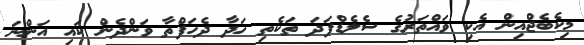
މިކެބެޖްއިން އެކި ވައްތަރުގެ ސެލެޑްފަދަ ތަކެތި ހަދާ ދެހަފްތާ ވަންދެން ކައި އަންނަ